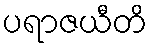
ပရာဇယီတိ